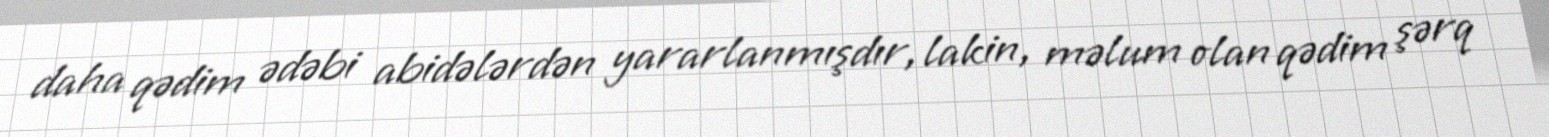
daha qədim ədəbi abidələrdən yararlanmışdır, lakin, məlum olan qədim şərq